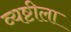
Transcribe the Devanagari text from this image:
व्यष्टीला